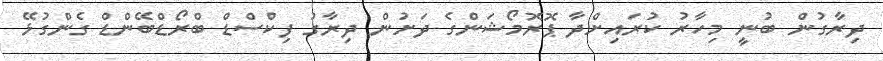
ދިރާގުން ބުނީ މިހާރު ކުރައިށްދާ ޕޮރޮމޯޝަންގެ ދަށުން ދިރާގު ފިކްސްޑް ބްރޯޑްބޭންޑް ގެންގުޅޭ